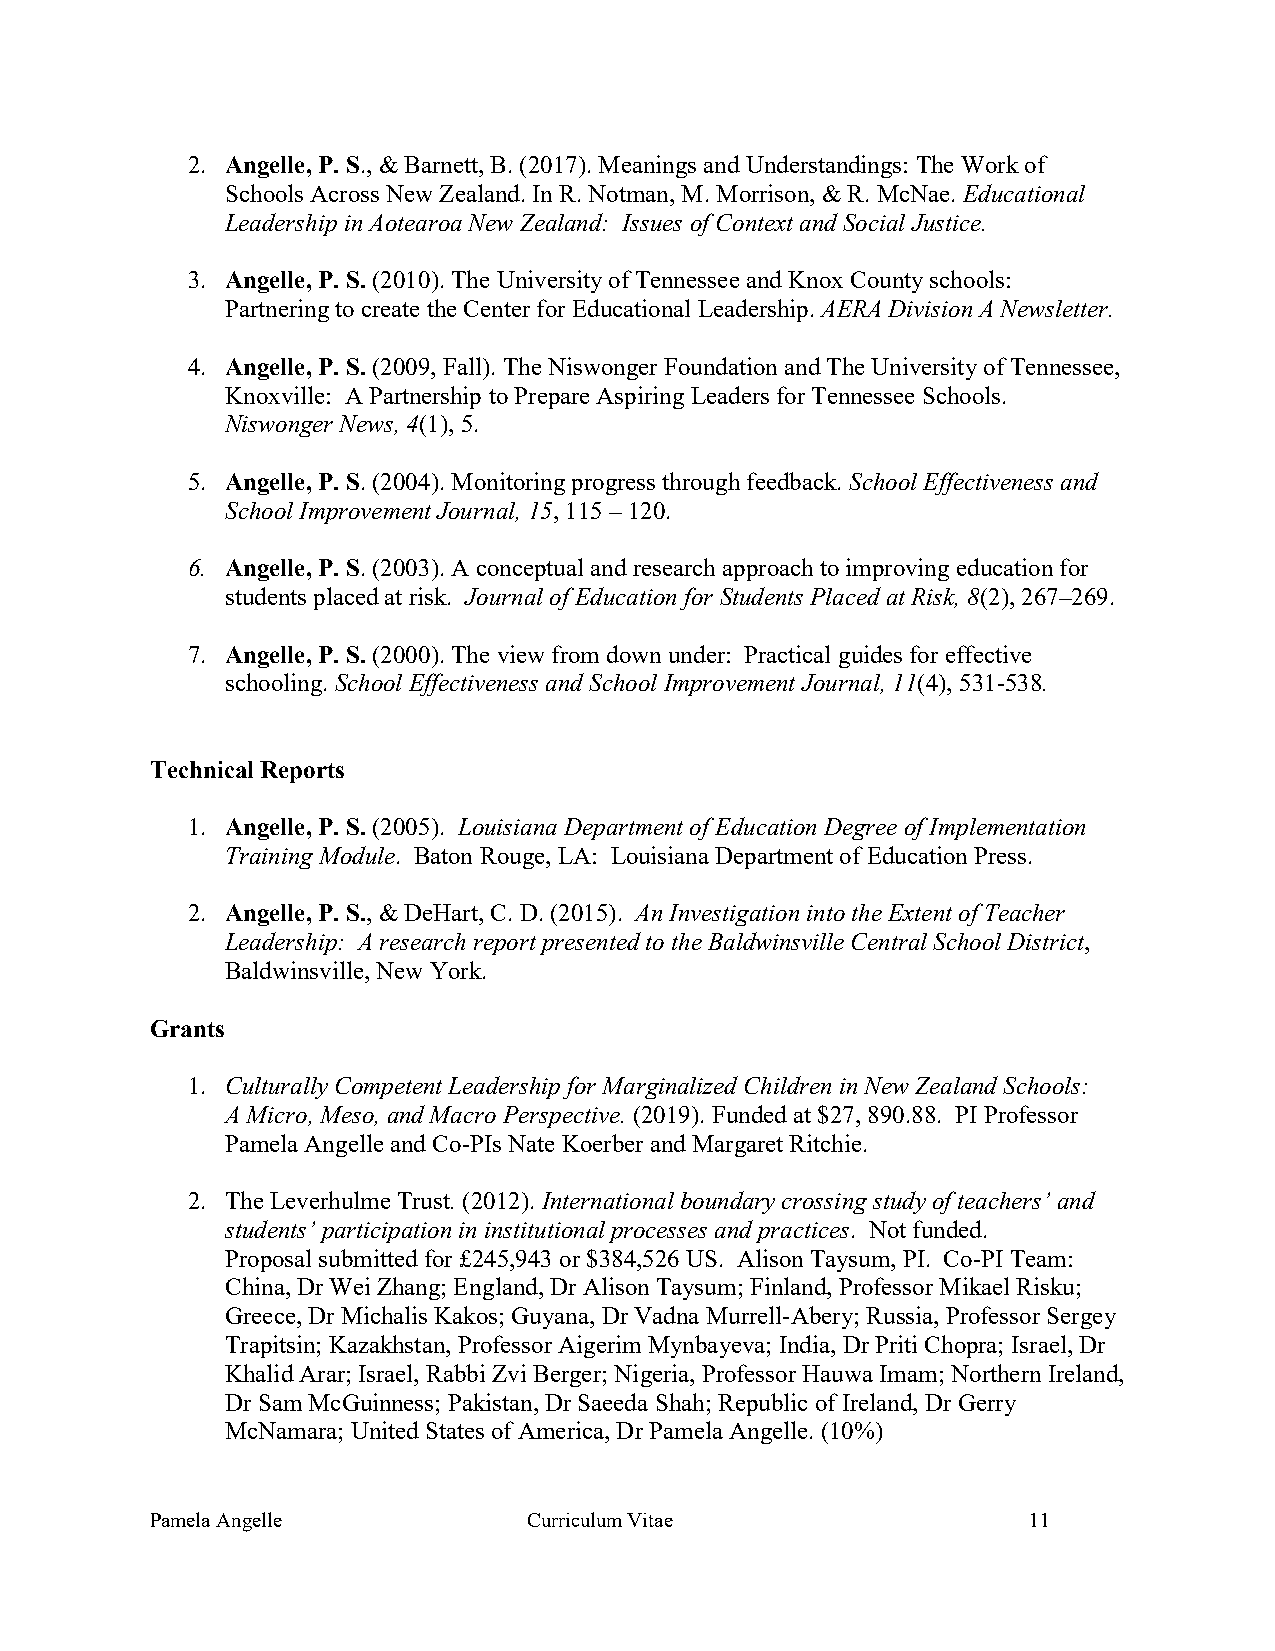
2. Angelle, P. S., & Barnett, B. (2017). Meanings and Understandings: The Work of
 Schools Across New Zealand. In R. Notman, M. Morrison, & R. McNae. Educational
 Leadership in Aotearoa New Zealand: Issues of Context and Social Justice.
 3. Angelle, P. S. (2010). The University of Tennessee and Knox County schools:
 Partnering to create the Center for Educational Leadership. AERA Division A Newsletter.
 4. Angelle, P. S. (2009, Fall). The Niswonger Foundation and The University of Tennessee,
 Knoxville: A Partnership to Prepare Aspiring Leaders for Tennessee Schools.
 Niswonger News, 4(1), 5.
 5. Angelle, P. S. (2004). Monitoring progress through feedback. School Effectiveness and
 School Improvement Journal, 15, 115 – 120.
 6. Angelle, P. S. (2003). A conceptual and research approach to improving education for
 students placed at risk. Journal of Education for Students Placed at Risk, 8(2), 267–269.
 7. Angelle, P. S. (2000). The view from down under: Practical guides for effective
 schooling. School Effectiveness and School Improvement Journal, 11(4), 531-538.
 Technical Reports
 1. Angelle, P. S. (2005). Louisiana Department of Education Degree of Implementation
 Training Module. Baton Rouge, LA: Louisiana Department of Education Press.
 2. Angelle, P. S., & DeHart, C. D. (2015). An Investigation into the Extent of Teacher
 Leadership: A research report presented to the Baldwinsville Central School District,
 Baldwinsville, New York.
 Grants
 1. Culturally Competent Leadership for Marginalized Children in New Zealand Schools:
 A Micro, Meso, and Macro Perspective. (2019). Funded at $27, 890.88. PI Professor
 Pamela Angelle and Co-PIs Nate Koerber and Margaret Ritchie.
 2. The Leverhulme Trust. (2012). International boundary crossing study of teachers’ and
 students’ participation in institutional processes and practices. Not funded.
 Proposal submitted for £245,943 or $384,526 US. Alison Taysum, PI. Co-PI Team:
 China, Dr Wei Zhang; England, Dr Alison Taysum; Finland, Professor Mikael Risku;
 Greece, Dr Michalis Kakos; Guyana, Dr Vadna Murrell-Abery; Russia, Professor Sergey
 Trapitsin; Kazakhstan, Professor Aigerim Mynbayeva; India, Dr Priti Chopra; Israel, Dr
 Khalid Arar; Israel, Rabbi Zvi Berger; Nigeria, Professor Hauwa Imam; Northern Ireland,
 Dr Sam McGuinness; Pakistan, Dr Saeeda Shah; Republic of Ireland, Dr Gerry
 McNamara; United States of America, Dr Pamela Angelle. (10%)
 Pamela Angelle           Curriculum Vitae                 11